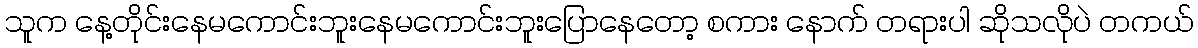
သူက နေ့တိုင်းနေမကောင်းဘူးနေမကောင်းဘူးပြောနေတော့ စကား နောက် တရားပါ ဆိုသလိုပဲ တကယ်